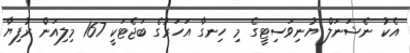
އެކު ނެޝަނަލް ޔުނިވަސިޓީގެ މި ހިނގާ އަހަރުގެ ބަޖެޓަކީ 167 މިލިއަން ރުފިޔާ